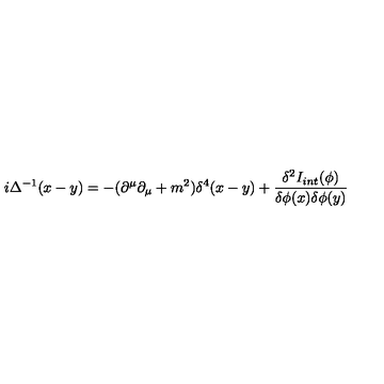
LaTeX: i \Delta ^ { - 1 } ( x - y ) = - { ( \partial ^ { \mu } \partial _ { \mu } + m ^ { 2 } ) } { \delta ^ { 4 } ( x - y ) } + { \frac { \delta ^ { 2 } I _ { i n t } ( \phi ) } { \delta \phi ( x ) \delta \phi ( y ) } }